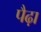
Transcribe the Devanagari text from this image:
पैढ़ा